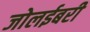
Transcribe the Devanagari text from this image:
जोलईबरी